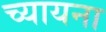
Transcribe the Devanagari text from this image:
च्यायना